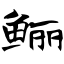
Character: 鲡